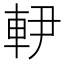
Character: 𨊼